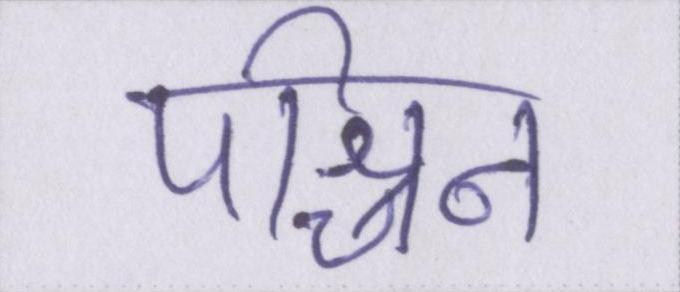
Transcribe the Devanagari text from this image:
पश्चिम